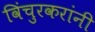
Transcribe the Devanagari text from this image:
विंचुरकरांनी